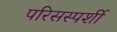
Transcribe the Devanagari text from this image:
परिसस्पर्शी